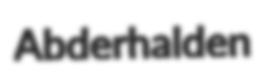
Abderhalden